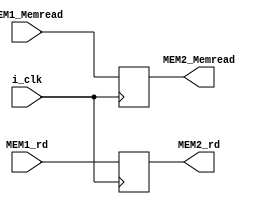
module MEM2_buffer (
    input i_clk,
    input MEM1_Memread,
    input [4:0] MEM1_rd,
    output MEM2_Memread,
    output [4:0] MEM2_rd
);

reg MEM2_Memread_w;
reg MEM2_Memread_r;
reg [4:0] MEM2_rd_w;
reg [4:0] MEM2_rd_r;

assign MEM2_Memread = MEM2_Memread_r;
assign MEM2_rd = MEM2_rd_r;

always @(*) begin
    MEM2_Memread_w = MEM1_Memread;
    MEM2_rd_w = MEM1_rd;
end

always @(posedge i_clk) begin
    MEM2_Memread_r = MEM2_Memread_w;
    MEM2_rd_r = MEM2_rd_w;
end
    
    
endmodule